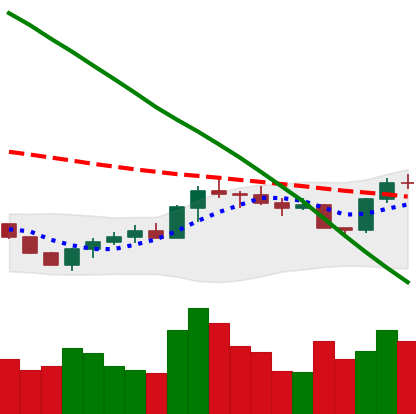
Ticker: BTC-USD
Chart end date: 2022-07-29
Forward return: -4.025%
Label: down_3_5